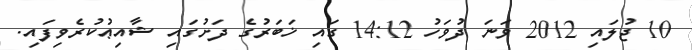
10 ޖުލައި 2012 ވަނަ ދުވަހު 14:12 ގައި ޚަބަރުގެ ދަށުގައި ޝާއިޢުކުރެވިފައި.